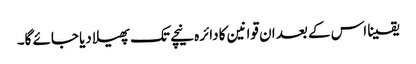
یقینا اس کے بعد ان قوانین کا دائرہ نیچے تک پھیلا دیا جائے گا۔